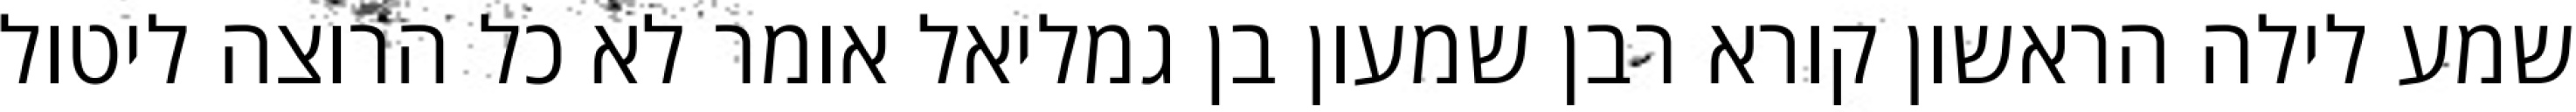
שמע לילה הראשון קורא רבן שמעון בן גמליאל אומר לא כל הרוצה ליטול